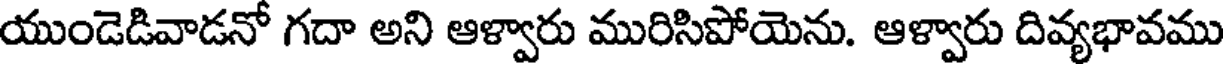
యుండెడివాడనో గదా అని ఆళ్వారు మురిసిపోయెను. ఆళ్వారు దివ్యభావము